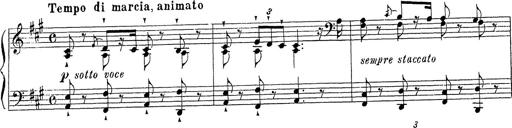
Title: Ballade No.1
Composer: Richard St. Clair